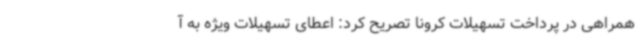
همراهی در پرداخت تسهیلات کرونا تصریح کرد: اعطای تسهیلات ویژه به آ